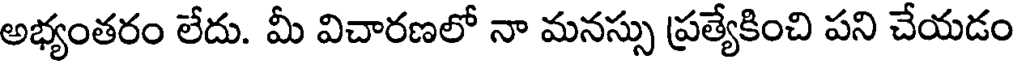
అభ్యంతరం లేదు. మీ విచారణలో నా మనస్సు ప్రత్యేకించి పని చేయడం